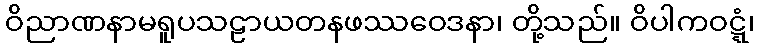
ဝိညာဏနာမရူပသဠာယတနဖဿဝေဒနာ၊ တို့သည်။ ဝိပါကဝဋ္ဋံ၊